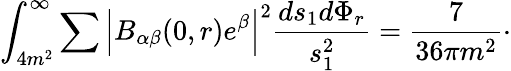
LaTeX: \int_{4m^{2}}^{\infty}\sum\Big|B_{\alpha\beta}(0,r)e^{\beta}\Big|^{2}\frac{ds_{1}d\Phi_{r}}{s_{1}^{2}}=\frac{7}{36\pi m^{2}}\cdot